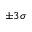
\pm 3 \sigma